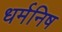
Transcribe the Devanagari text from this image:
धर्मनिष